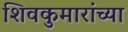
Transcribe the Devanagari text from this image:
शिवकुमारांच्या